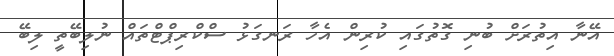
އޭނާ އިތުރަށް ބުނި ގޮތުގައި ކުރިން އެހާ ރަނގަޅު ސްކްރިޕްޓްތައް ނުލިބޭތީ ލިބޭ